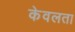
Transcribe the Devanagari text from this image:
केवलता